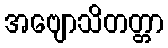
အဗျောသိတတ္တာ